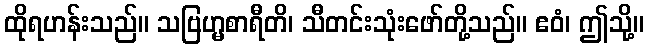
ထိုရဟန်းသည်။ သဗြဟ္မစာရီတိ၊ သီတင်းသုံးဖော်တို့သည်။ ဧဝံ၊ ဤသို့။